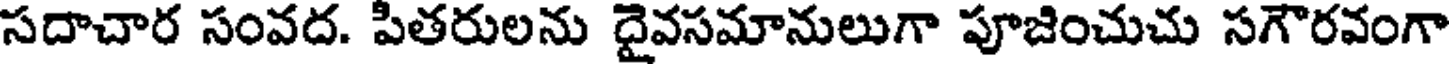
సదాచార సంవద. పితరులను దైవసమానులుగా పూజించుచు సగౌరవంగా